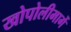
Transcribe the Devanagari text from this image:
खोपोलीमार्गे